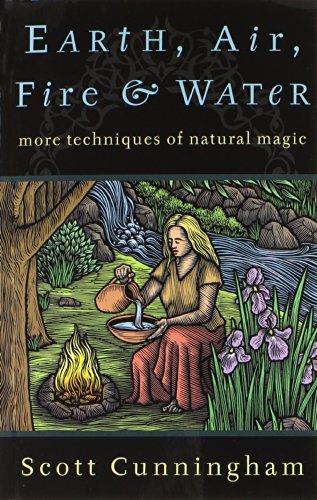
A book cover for Earth, Air, Fire & Water: More Techniques of Natural Magic (Llewellyn's Practical Magick Series); Scott Cunningham; Politics & Social Sciences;